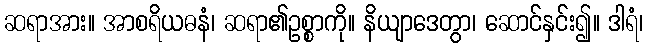
ဆရာအား။ အာစရိယဓနံ၊ ဆရာ၏ဥစ္စာကို။ နိယျာဒေတွာ၊ ဆောင်နှင်း၍။ ဒါရံ၊